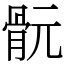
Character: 䯈